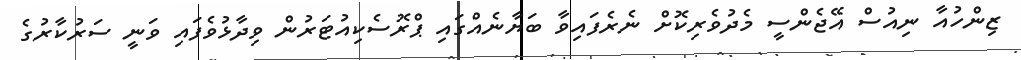
ޒިންހުއާ ނިއުސް އޭޖެންސީ މެދުވެރިކޮށް ނެރެފައިވާ ބަޔާނެއްގައި ޕްރޮސެކިއުޓަރުން ވިދާޅުވެފައި ވަނީ ސަރުކާރުގެ